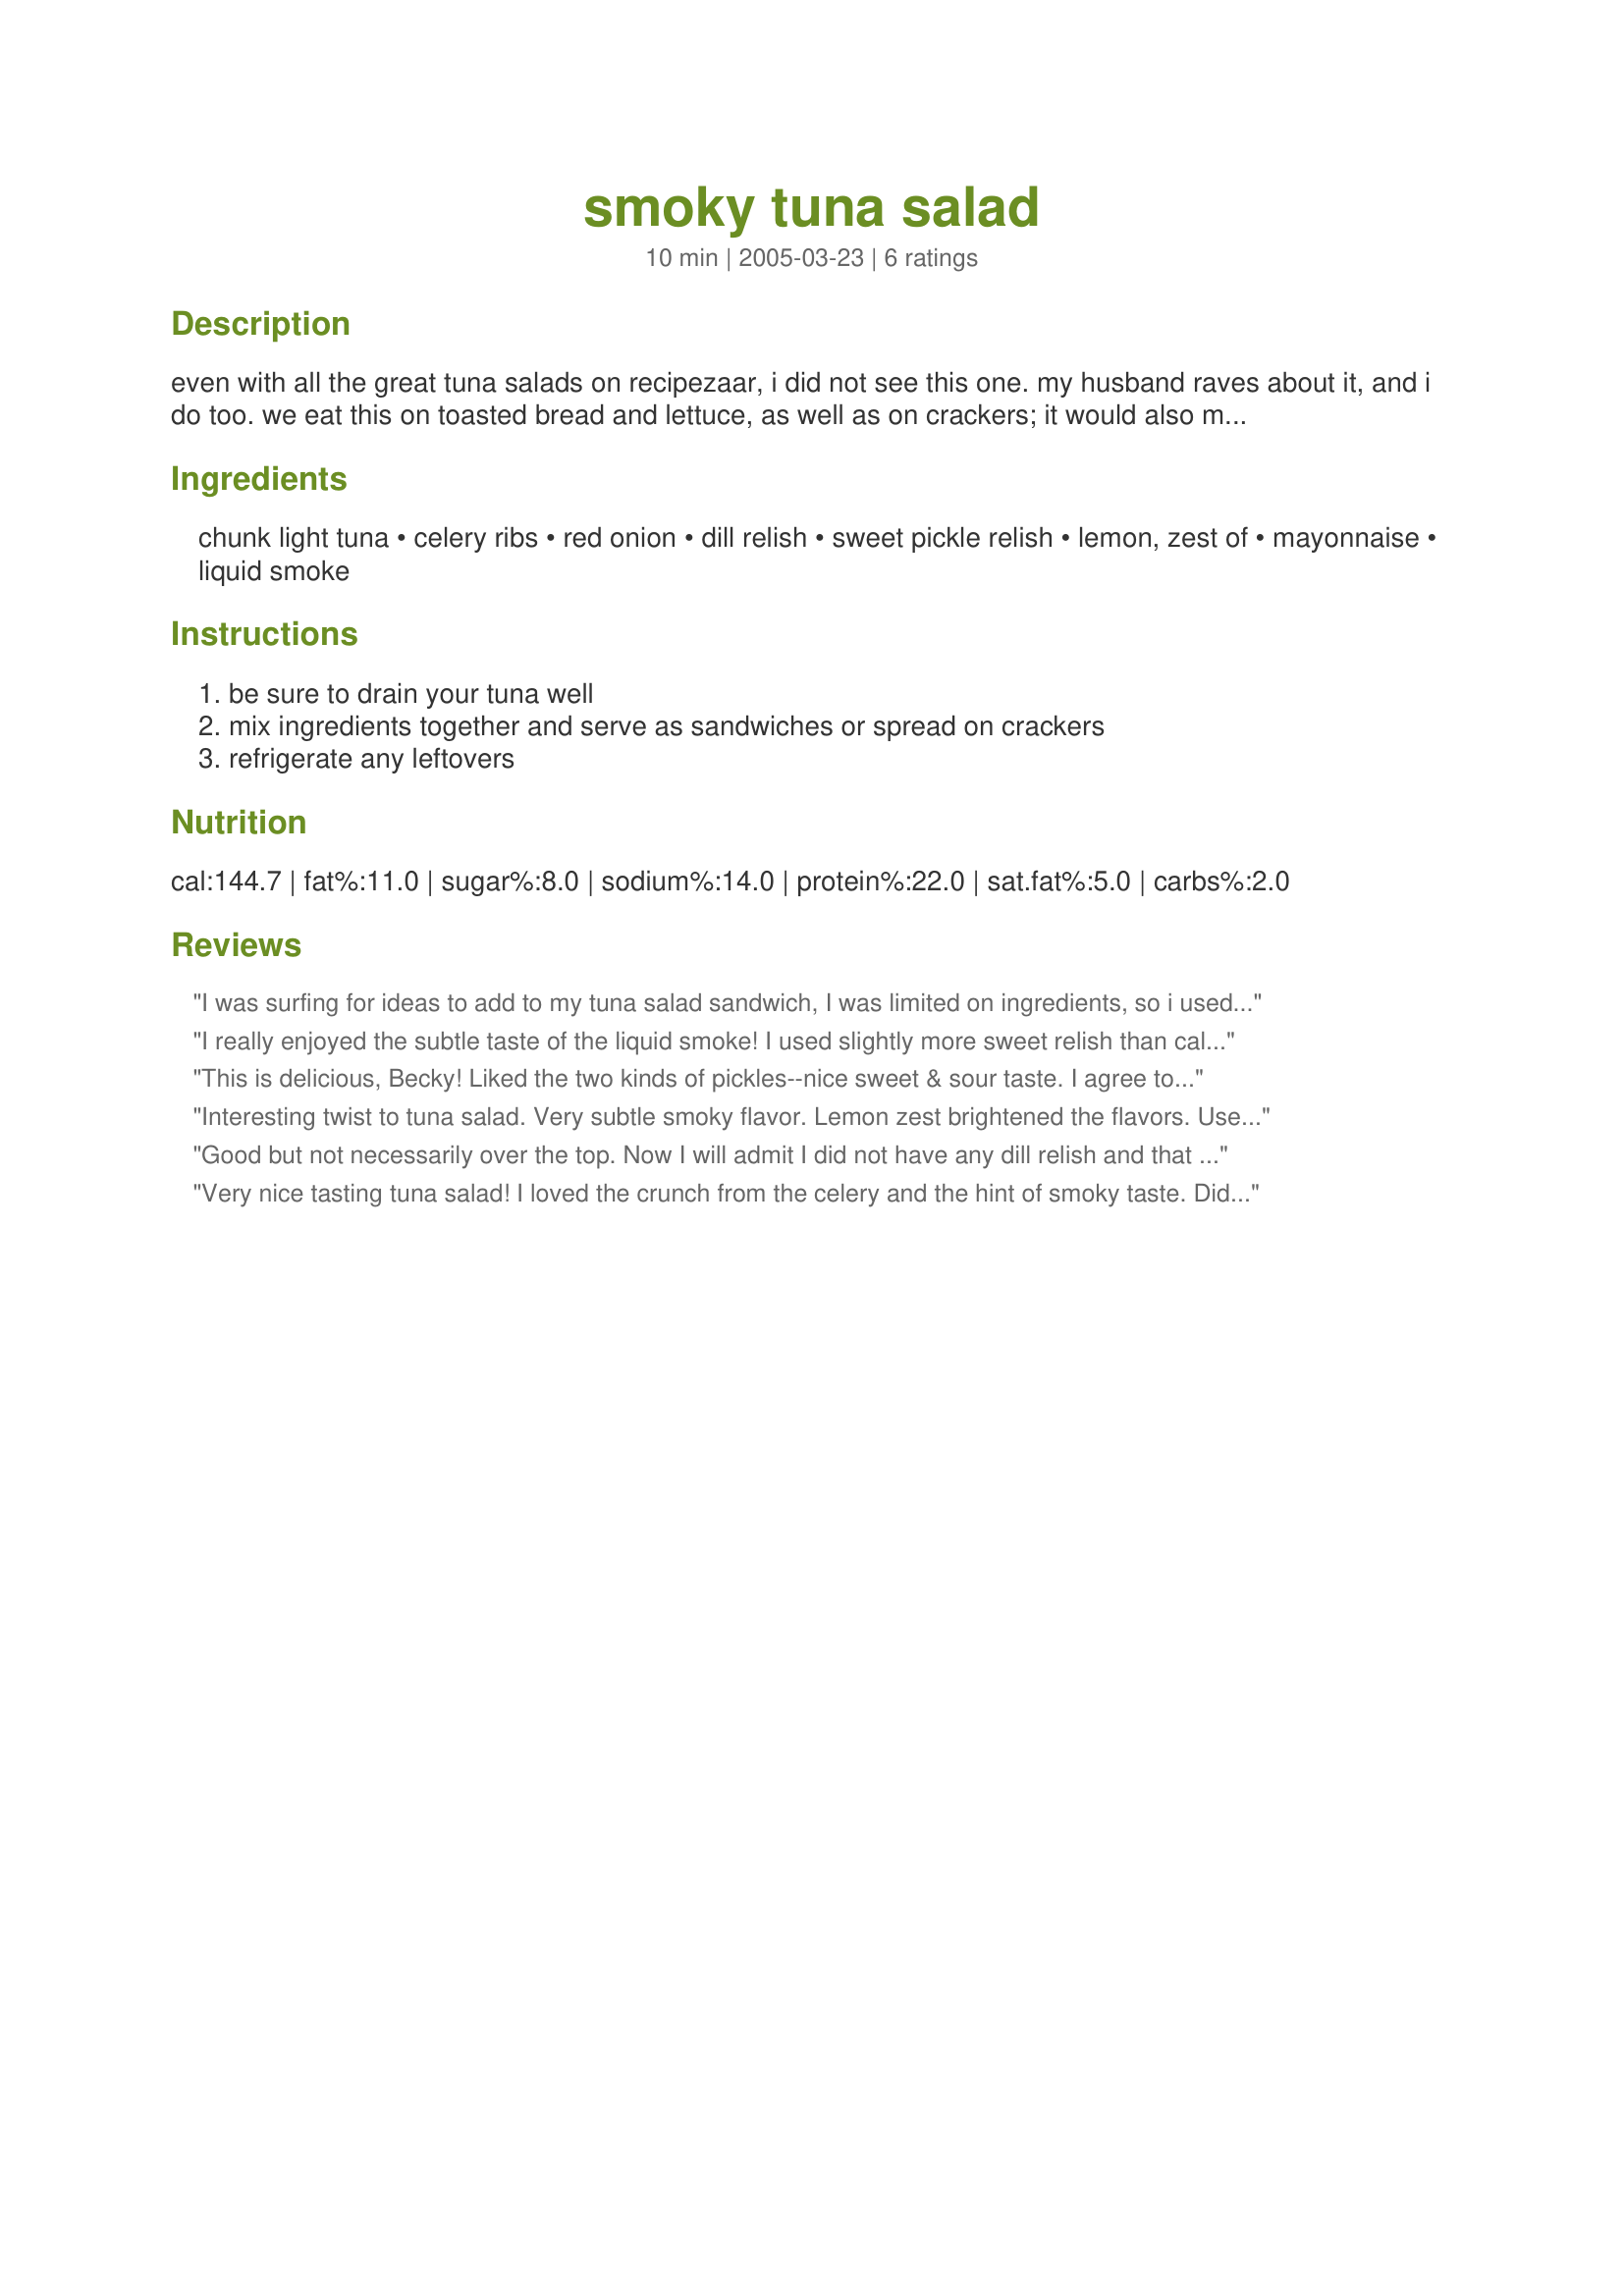
smoky tuna salad
Preparation time: 10 minutes

even with all the great tuna salads on recipezaar, i did not see this one. my husband raves about it, and i do too. we eat this on toasted bread and lettuce, as well as on crackers; it would also make a great filling for pita bread or wraps. hope you like it.

Ingredients:
chunk light tuna, celery ribs, red onion, dill relish, sweet pickle relish, lemon, zest of, mayonnaise, liquid smoke

Steps:
be sure to drain your tuna well, mix ingredients together and serve as sandwiches or spread on crackers, refrigerate any leftovers

Reviews:
I was surfing for ideas to add to my tuna salad sandwich, I was limited on ingredients, so i used lemon pepper, pepperchinies instead of onions and lemon zest. it was very good with the liquid smoke, celery, relish, mayo etc. I will use this receipe again! Thank you!
I really enjoyed the subtle taste of the liquid smoke! I used slightly more sweet relish than called for. Thanks for posting!
This is delicious, Becky! Liked the two kinds of pickles--nice sweet & sour taste.
I agree to be careful with the liquid smoke; could be a disaster...but it wasn't in this house. Will make it again for dipping tortilla chips!
Interesting twist to tuna salad. Very subtle smoky flavor. Lemon zest brightened the flavors. Used as filling for sandwich, but would be a nice dip with chips. Thanks for sharing.
Good but not necessarily over the top. Now I will admit I did not have any dill relish and that may make quite a bit of difference. I will try again tho, thanks.
Very nice tasting tuna salad! I loved the crunch from the celery and the hint of smoky taste. Didnt use the zest of one lemon, only maybe three or four pieces and a bit more mayonnaise for our taste. This will be in our favorite recipes!
